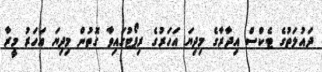
ދައުލަތުގެ ޓެކްސް އިދާރާގެ މިދިޔަ އަހަރުގެ ރިޕޯޓުގައިވާ ގޮތުން މިދިޔަ އަހަރު މީރާ